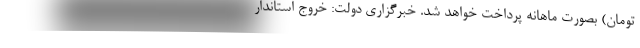
تومان) بصورت ماهانه پرداخت خواهد شد. خبرگزاری دولت: خروج استاندار